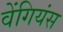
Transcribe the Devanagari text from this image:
वेंगियंस